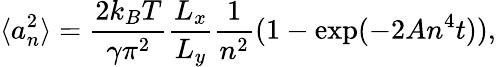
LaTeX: \langle a_{n}^{2}\rangle=\frac{2k_{B}T}{\gamma\pi^{2}}\frac{L_{x}}{L_{y}}\frac{1}{n^{2}}(1-\exp(-2An^{4}t)),